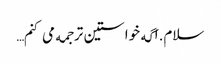
سلام.اگه خواستین ترجمه می کنم…